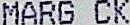
MARG CK